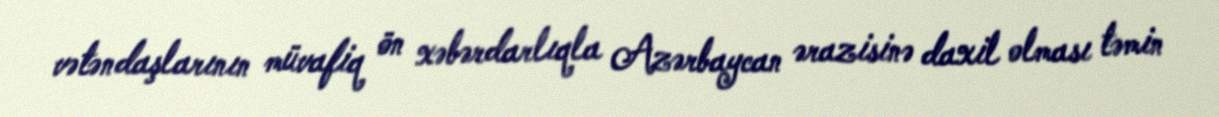
vətəndaşlarının müvafiq ön xəbərdarlıqla Azərbaycan ərazisinə daxil olması təmin